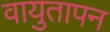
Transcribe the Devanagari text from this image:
वायुतापन